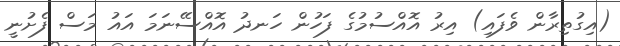
(އިގުތިރާން ވެފައި) އިރު އޮއްސުމުގެ ފަހުން ހަނދު އޮއްސޭނަމަ އައު މަސް ފެށުނީ